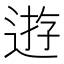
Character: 逰